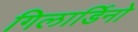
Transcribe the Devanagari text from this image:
गिलार्डिनो